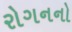
રોગનનો